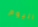
اليوم